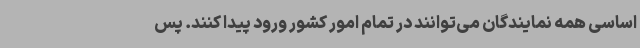
اساسی همه نمایندگان می‌توانند در تمام امور کشور ورود پیدا کنند. پس